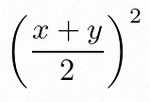
\left(\frac{x+y}{2}\right)^2